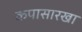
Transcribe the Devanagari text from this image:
कपासारखा